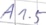
Text: A1.5